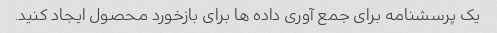
یک پرسشنامه برای جمع آوری داده ها برای بازخورد محصول ایجاد کنید.